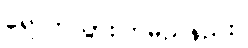
ရောက်သွားကြမည်နည်း။